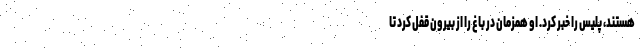
هستند، پلیس را خبر کرد. او همزمان درِ باغ را از بیرون قفل کرد تا